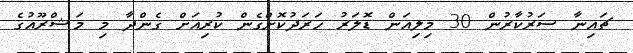
ޗައިނާ ސަރުކާރުން 30 މިލިއަން ޑޮލަރު ހަރަދުކޮށްގެން ކުރިއަށް ގެންދާ މި މަޝްރޫއުގެ